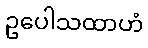
ဥပေါသထာဟံ